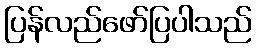
ပြန်လည်ဖော်ပြပါသည်